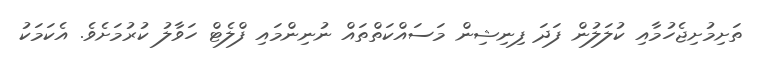
ތަށިމުށިޖެހުމާއި ކުލަލުން ފަދަ ފިނިޝިން މަސައްކަތްތައް ނުނިންމައި ފްލެޓް ހަވާލު ކުރުމަށެވެ. އެކަމަކު